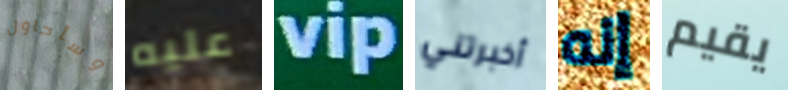
وسأحاول عليه vip أخبرتني إنه يقيم